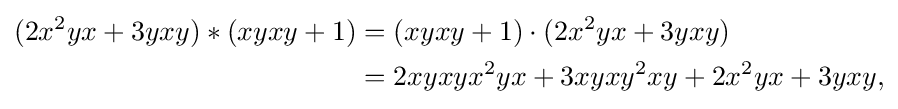
{\begin{aligned}(2x^{2}yx+3yxy)*(xyxy+1)&=(xyxy+1)\cdot (2x^{2}yx+3yxy)\\&=2xyxyx^{2}yx+3xyxy^{2}xy+2x^{2}yx+3yxy,\end{aligned}}